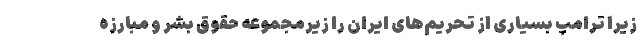
زیرا ترامپ بسیاری از تحریم‌های ایران را زیر‌مجموعه حقوق بشر و مبارزه